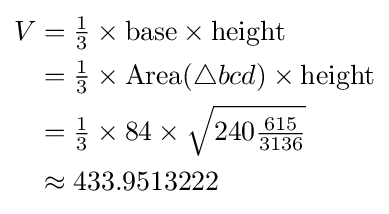
{\begin{aligned}V&={\tfrac {1}{3}}\times {\text{base}}\times {\text{height}}\\&={\tfrac {1}{3}}\times {\text{Area}}(\triangle bcd)\times {\text{height}}\\&={\tfrac {1}{3}}\times 84\times {\sqrt {240{\tfrac {615}{3136}}}}\\&\approx 433.9513222\end{aligned}}